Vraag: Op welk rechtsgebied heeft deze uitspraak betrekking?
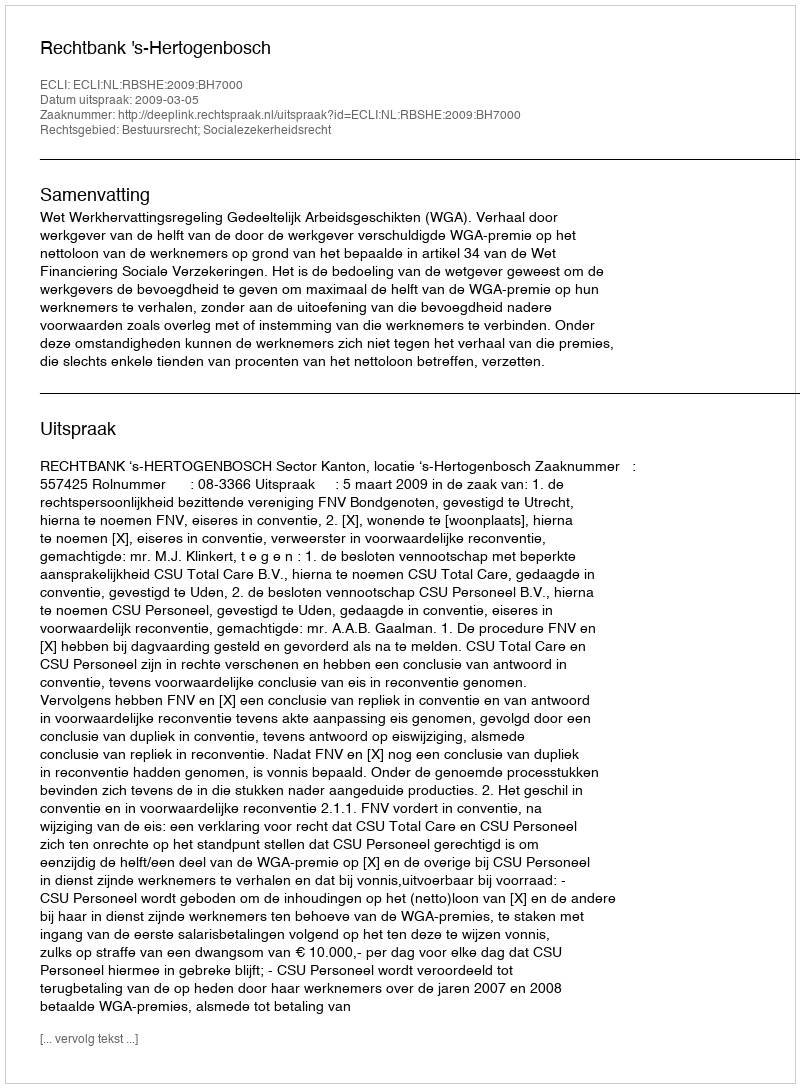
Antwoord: Bestuursrecht; Socialezekerheidsrecht